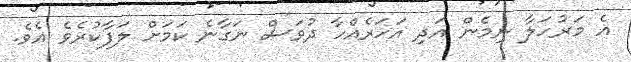
އެ މަރުހަލާ ނިމެން އަދި އަހަރެއްހާ ދުވަސް ނަގާނެ ކަމަށް ލަފާކުރެވެ އެވެ.